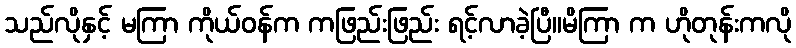
သည်လိုနှင့် မကြာ ကိုယ်ဝန်က ကဖြည်းဖြည်း ရင့်လာခဲ့ပြီ။မိကြာ က ဟိုတုန်းကလို